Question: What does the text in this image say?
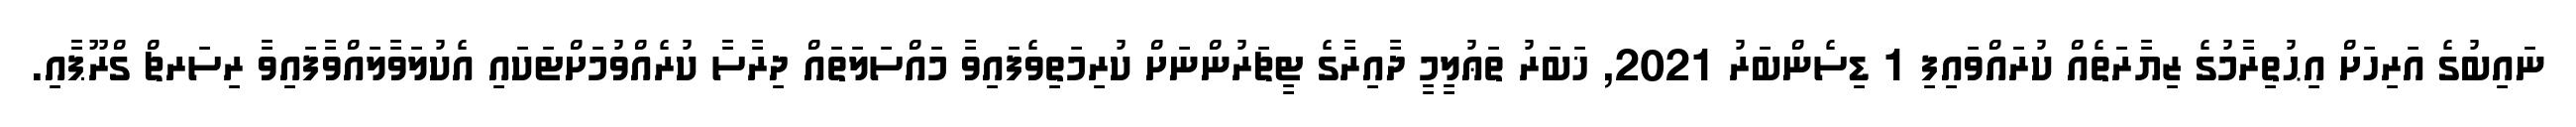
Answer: ނައިބުގެ އަރިހަށް އިޙުތިރާމުގެ ޒިޔާރަތެއް ކުރައްވައިފި 1 ޑިސެންބަރު 2021, ޚަބަރު ތަޢުލީމީ ދާއިރާގެ ޓީޗަރުންނަށް ކުރިމަތިވެފައިވާ މައްސަލަތައް ދިރާސާ ކުރެއްވުމަށްޓަކައި އެކުލަވާލައްވާފައިވާ ރިސަރޗް ގްރޫޕާއި.